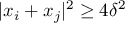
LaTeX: | x _ { i } + x _ { j } | ^ { 2 } \geq 4 \delta ^ { 2 }